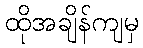
ထိုအချိန်ကျမှ